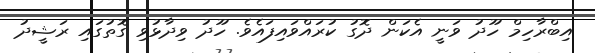
އިބްރާހިމް ހޫދު ވަނީ އެކަން ދޮގު ކުރައްވައިފައެވެ. ހޫދު ވިދާޅުވި ގޮތުގައި ރަޝީދު